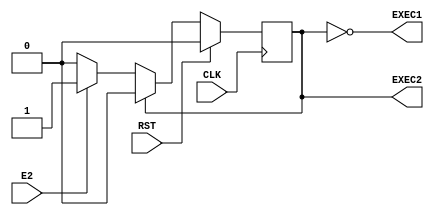
module SM_pipelined (CLK, RST, E2, EXEC1, EXEC2);

input CLK;
input RST;
input E2;
output EXEC1;
output EXEC2;

reg s = 0;

assign EXEC1 = ~s;
assign EXEC2 = s;

always @(posedge CLK) begin
	if(!RST)
		if(!s)
			if(E2)
				s <= 1;
			else
				s <= 0;
		else
			s <= 0;
	else
		s <= 0;
end

endmodule